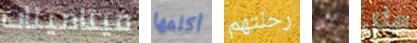
فيتامينات أكلمها رحلتهم كل مثل